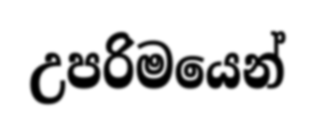
උපරිමයෙන්